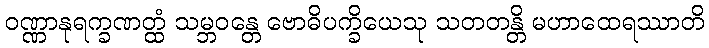
ဝဏ္ဏာနုရက္ခဏတ္ထံ သမ္ဘဝန္တေ ဗောဓိပက္ခိယေသု သတတန္တိ မဟာထေရဿာတိ